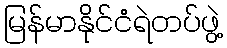
မြန်မာနိုင်ငံရဲတပ်ဖွဲ့